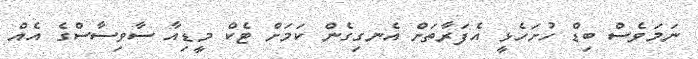
ނަމަވެސް ބިޑް ހުށަހެޅީ އެފަރާތަށް އެނގިގެން ކަމަށް ޓެކް މީޑިއާ ސާވިސާސްގެ އެއް